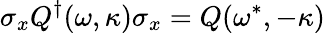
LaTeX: \sigma_{x}Q^{\dagger}(\omega,\kappa)\sigma_{x}=Q(\omega^{*},-\kappa)